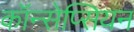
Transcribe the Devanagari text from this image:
कॉन्सेप्सियन